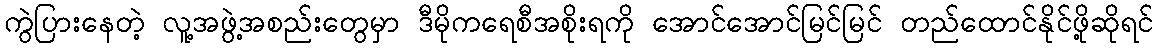
ကွဲပြားနေတဲ့ လူ့အဖွဲ့အစည်းတွေမှာ ဒီမိုကရေစီအစိုးရကို အောင်အောင်မြင်မြင် တည်ထောင်နိုင်ဖို့ဆိုရင်